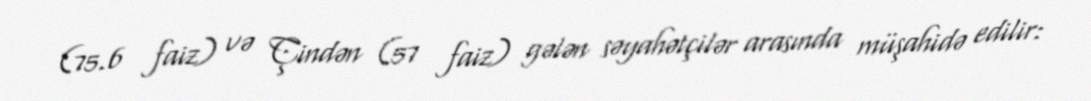
(75.6 faiz) və Çindən (57 faiz) gələn səyahətçilər arasında müşahidə edilir: